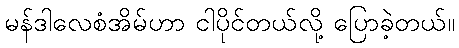
မန်ဒါလေစံအိမ်ဟာ ငါပိုင်တယ်လို့ ပြောခဲ့တယ်။